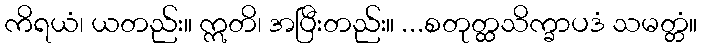
ကိရယံ၊ ယတည်း။ ဣတိ၊ အပြီးတည်း။ ...စတုတ္ထသိက္ခာပဒံ သမတ္တံ။